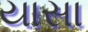
યાસા